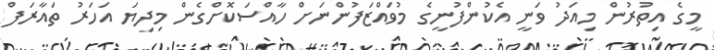
މީގެ އިތުރުން މިއަދު ވަނީ އެކުންފުނީގެ މުވައްޒަފުންނަށް ހާއްސަކޮށްގެން މިދިޔަ އަހަރު ތައާރަފް